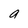
Character: a